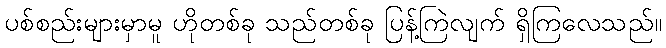
ပစ်စည်းများမှာမူ ဟိုတစ်ခု သည်တစ်ခု ပြန့်ကြဲလျက် ရှိကြလေသည်။